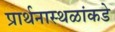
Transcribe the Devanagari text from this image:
प्रार्थनास्थळांकडे